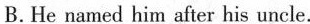
B.He named him after his uncle.